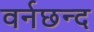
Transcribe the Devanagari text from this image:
वर्नछन्द